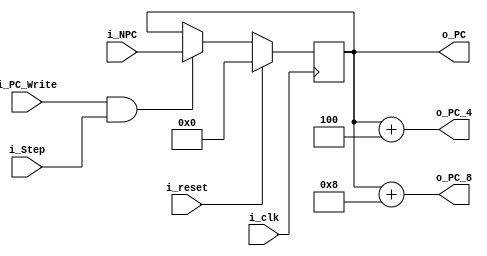
`timescale 1ns / 1ps

module PC
    #(
        parameter   NBITS       =   32  
    )
    (
        input   wire                            i_clk           ,
        input   wire                            i_PC_Write      ,
        input   wire                            i_reset         ,
        input   wire                            i_Step          ,
        input   wire    [NBITS-1    :0]         i_NPC           ,
        output  wire    [NBITS-1    :0]         o_PC            ,
        output  wire    [NBITS-1    :0]         o_PC_4          ,
        output  wire    [NBITS-1    :0]         o_PC_8          
    );
    
    reg         [NBITS-1  :0]         PC_Reg;
    
    assign  o_PC     =   PC_Reg     ;       
    assign  o_PC_4   =   PC_Reg + 4 ;
    assign  o_PC_8   =   PC_Reg + 8 ;        
      
    
    always @(negedge i_clk)
    begin
        if(i_reset)
        begin
            PC_Reg          <=      {NBITS{1'b0}}    ;
        end else if(i_PC_Write & i_Step)
        begin
            PC_Reg          <=      i_NPC           ;
        end 
    end
endmodule